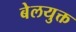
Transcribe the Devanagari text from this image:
बेलयुक्त